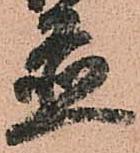
置